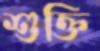
শুক্তি